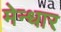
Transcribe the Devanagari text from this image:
मेन्धार